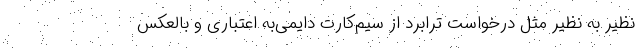
نظیر به نظیر مثل درخواست ترابرد از سیم‌کارت دایمی‌به اعتباری و بالعکس